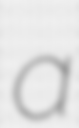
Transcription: a